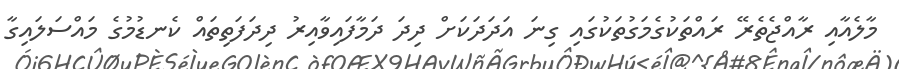
މާލެއާއި ރާއްޖެތެރޭ ރައްތަކުގެމަގުތަކުގައި ގިނަ އަދަދަކަށް ދިދަ ދަމާފައިވާއިރު ދިދަފަތިތައް ކެނޑުމުގެ މައްސަލައިގާ